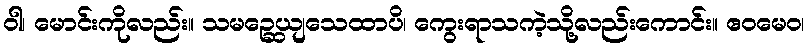
ဝါ၊ မောင်းကိုလည်း။ သမဉ္ဆေယျသေထာပိ၊ ကွေးရာသကဲ့သို့လည်းကောင်း။ ဧဝမေဝ၊